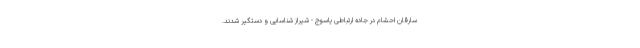
سارقان احشام در جاده ارتباطی یاسوج - شیراز شناسایی و دستگیر شدند.